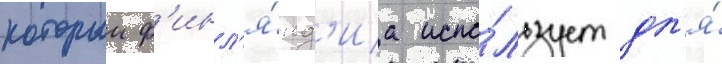
которыи ф'инл'я́нд'иа испо́льзует дл'я́